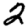
Digit: 2